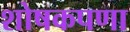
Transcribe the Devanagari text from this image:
शोषकपणा